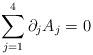
LaTeX: \begin{align*} \sum_{j=1}^4\partial_j A_j = 0\end{align*}